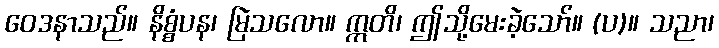
ဝေဒနာသည်။ နိစ္စံပန၊ မြဲသလော။ ဣတိ၊ ဤသို့မေးခဲ့သော်။ (ပ)။ သညာ၊